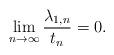
LaTeX: \begin{align*} \lim_{n\to\infty} \frac{\lambda_{1,n}}{t_{n}}=0. \end{align*}